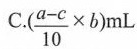
C.$$( \frac{a-c}{10} \times b )$$ mL